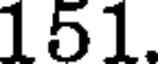
151.